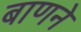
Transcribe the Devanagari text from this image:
बाणने